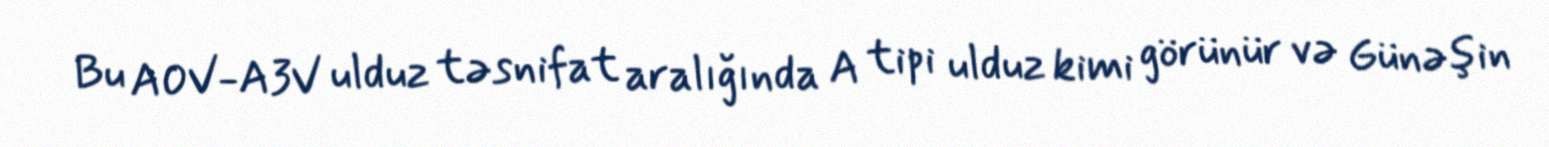
Bu A0V-A3V ulduz təsnifat aralığında A tipi ulduz kimi görünür və Günəşin